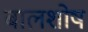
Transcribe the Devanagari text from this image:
बालशोष